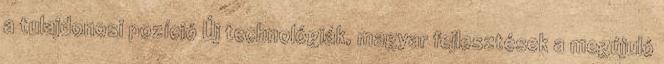
a tulajdonosi pozíció Új technológiák, magyar fejlesztések a megújuló